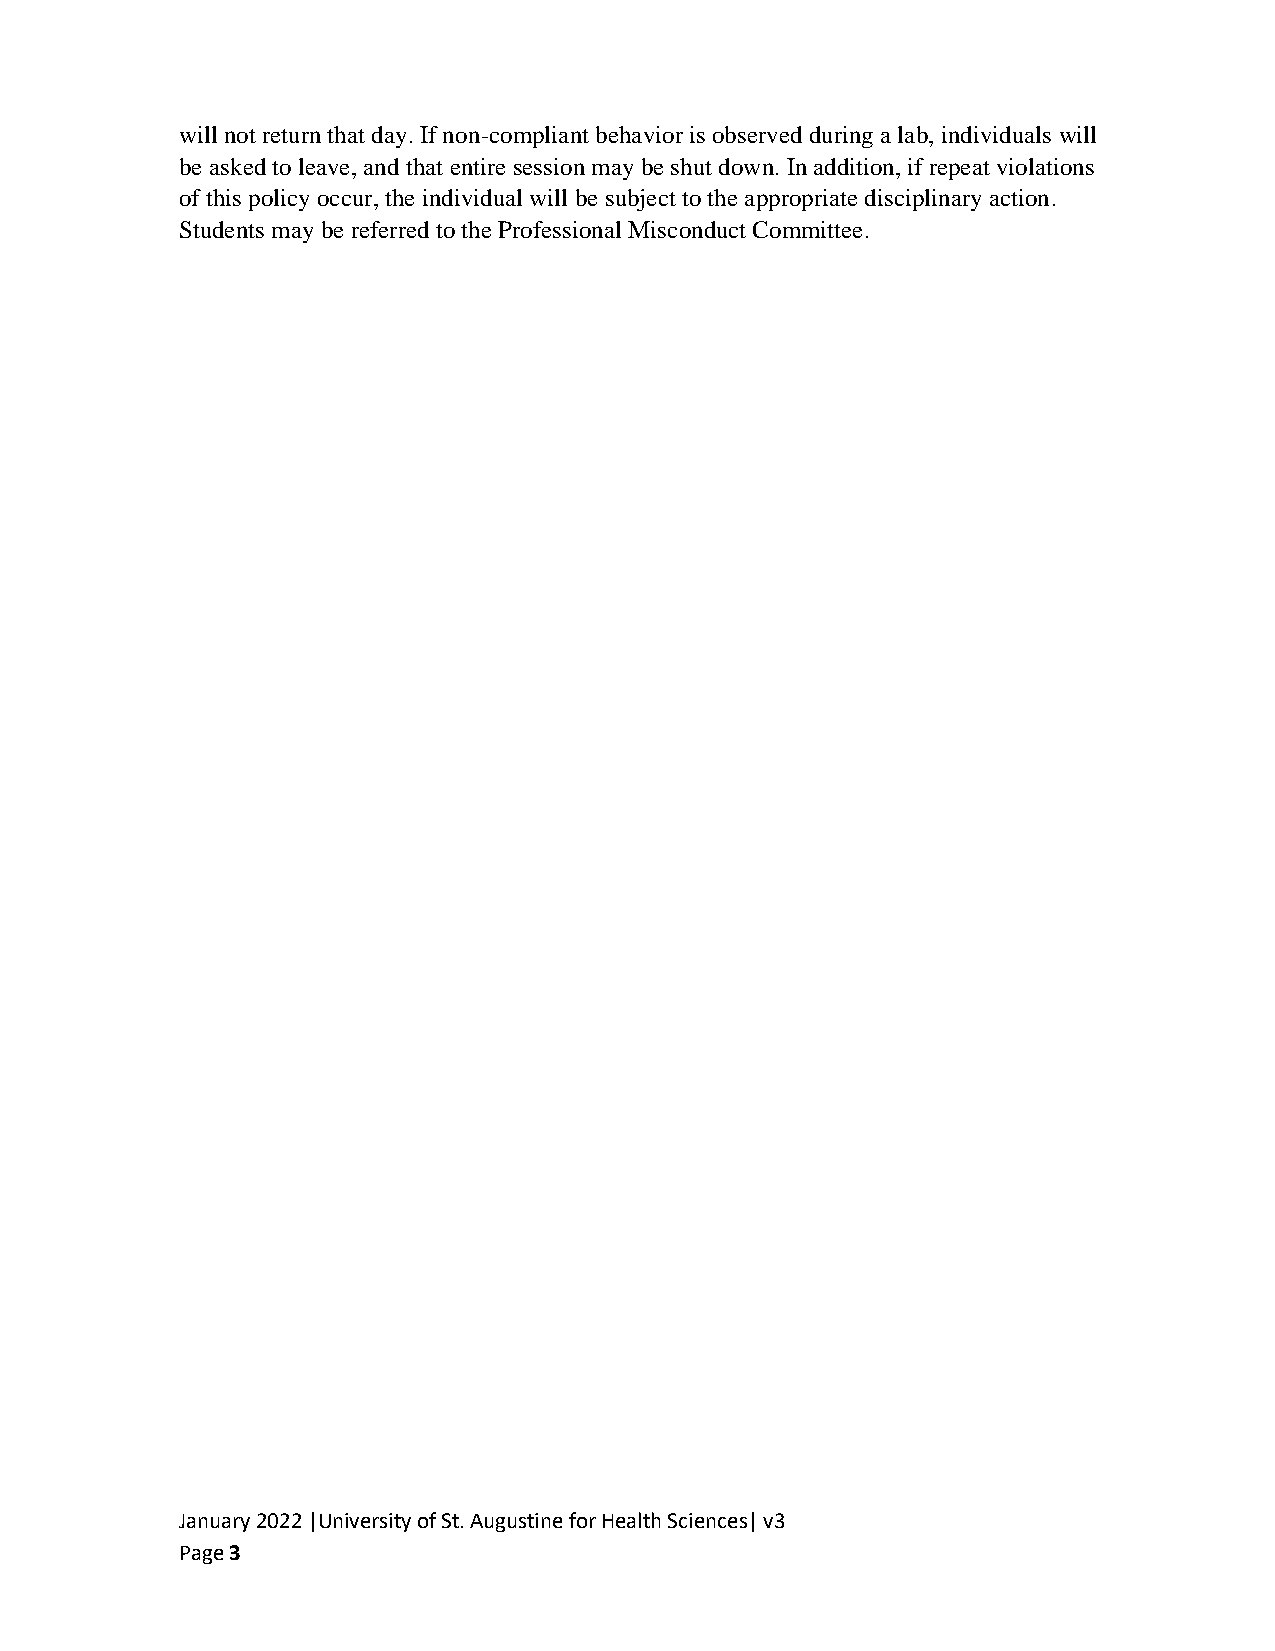
will not return that day. If non-compliant behavior is observed during a lab, individuals will
 be asked to leave, and that entire session may be shut down. In addition, if repeat violations
 of this policy occur, the individual will be subject to the appropriate disciplinary action.
 Students may be referred to the Professional Misconduct Committee.
 January 2022 |University of St. Augustine for Health Sciences| v3
 Page 3